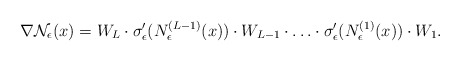
\begin{align*}\nabla \mathcal{N}_{\epsilon}(x)=W_{L} \cdot \sigma_{\epsilon}'( N_{\epsilon}^{(L-1)}(x)) \cdot W_{L-1} \cdot \ldots \cdot \sigma_{\epsilon}'(N_{\epsilon}^{(1)}(x))\cdot W_{1}.\end{align*}